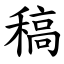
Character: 稿